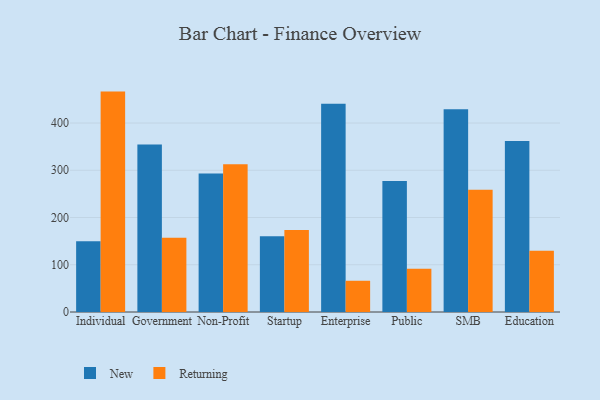
{"axis": {"x": "Segment", "y": "Energy Usage (MWh)"}, "legend": ["New", "Returning"], "data": [{"x": "Individual", "y": 149.7, "type": "New"}, {"x": "Individual", "y": 466.5, "type": "Returning"}, {"x": "Government", "y": 354.6, "type": "New"}, {"x": "Government", "y": 157.3, "type": "Returning"}, {"x": "Non-Profit", "y": 292.9, "type": "New"}, {"x": "Non-Profit", "y": 312.5, "type": "Returning"}, {"x": "Startup", "y": 160.3, "type": "New"}, {"x": "Startup", "y": 173.3, "type": "Returning"}, {"x": "Enterprise", "y": 440.7, "type": "New"}, {"x": "Enterprise", "y": 66.1, "type": "Returning"}, {"x": "Public", "y": 277.4, "type": "New"}, {"x": "Public", "y": 91.7, "type": "Returning"}, {"x": "SMB", "y": 429.4, "type": "New"}, {"x": "SMB", "y": 258.8, "type": "Returning"}, {"x": "Education", "y": 362.2, "type": "New"}, {"x": "Education", "y": 129.6, "type": "Returning"}]}